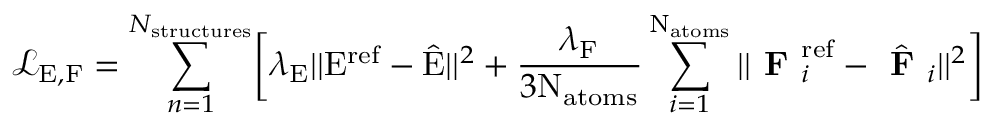
\mathcal { L } _ { \mathrm { E , F } } = \sum _ { n = 1 } ^ { N _ { \mathrm { s t r u c t u r e s } } } \biggl [ \lambda _ { \mathrm { E } } | | \mathrm { E } ^ { \mathrm { r e f } } - \hat { \mathrm { E } } | | ^ { 2 } + \frac { \lambda _ { \mathrm { F } } } { 3 \mathrm { N } _ { \mathrm { a t o m s } } } \sum _ { i = 1 } ^ { \mathrm { N } _ { \mathrm { a t o m s } } } | | \textbf { F } _ { i } ^ { \mathrm { r e f } } - \hat { \textbf { F } } _ { i } | | ^ { 2 } \biggr ]